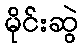
မိုင်းဆွဲ